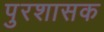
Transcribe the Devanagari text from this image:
पुरशासक